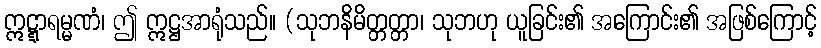
ဣဋ္ဋာရမ္မဏံ၊ ဤ ဣဋ္ဌအာရုံသည်။ (သုဘနိမိတ္တတ္တာ၊ သုဘဟု ယူခြင်း၏ အကြောင်း၏ အဖြစ်ကြောင့်